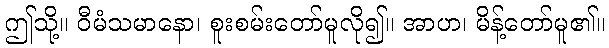
ဤသို့။ ဝီမံသမာနော၊ စူးစမ်းတော်မူလို၍။ အာဟ၊ မိန့်တော်မူ၏။